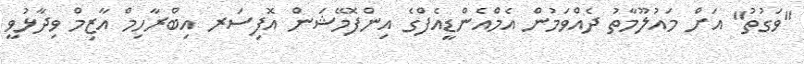
"ވަގުތު" އަށް މައުލޫމާތު ދެއްވަމުން އެމްއެންޑީއެފްގެ އިންފޮމޭޝަން އޮފިސަރ އިބްރާހިމް އާޒިމް ވިދާޅުވީ